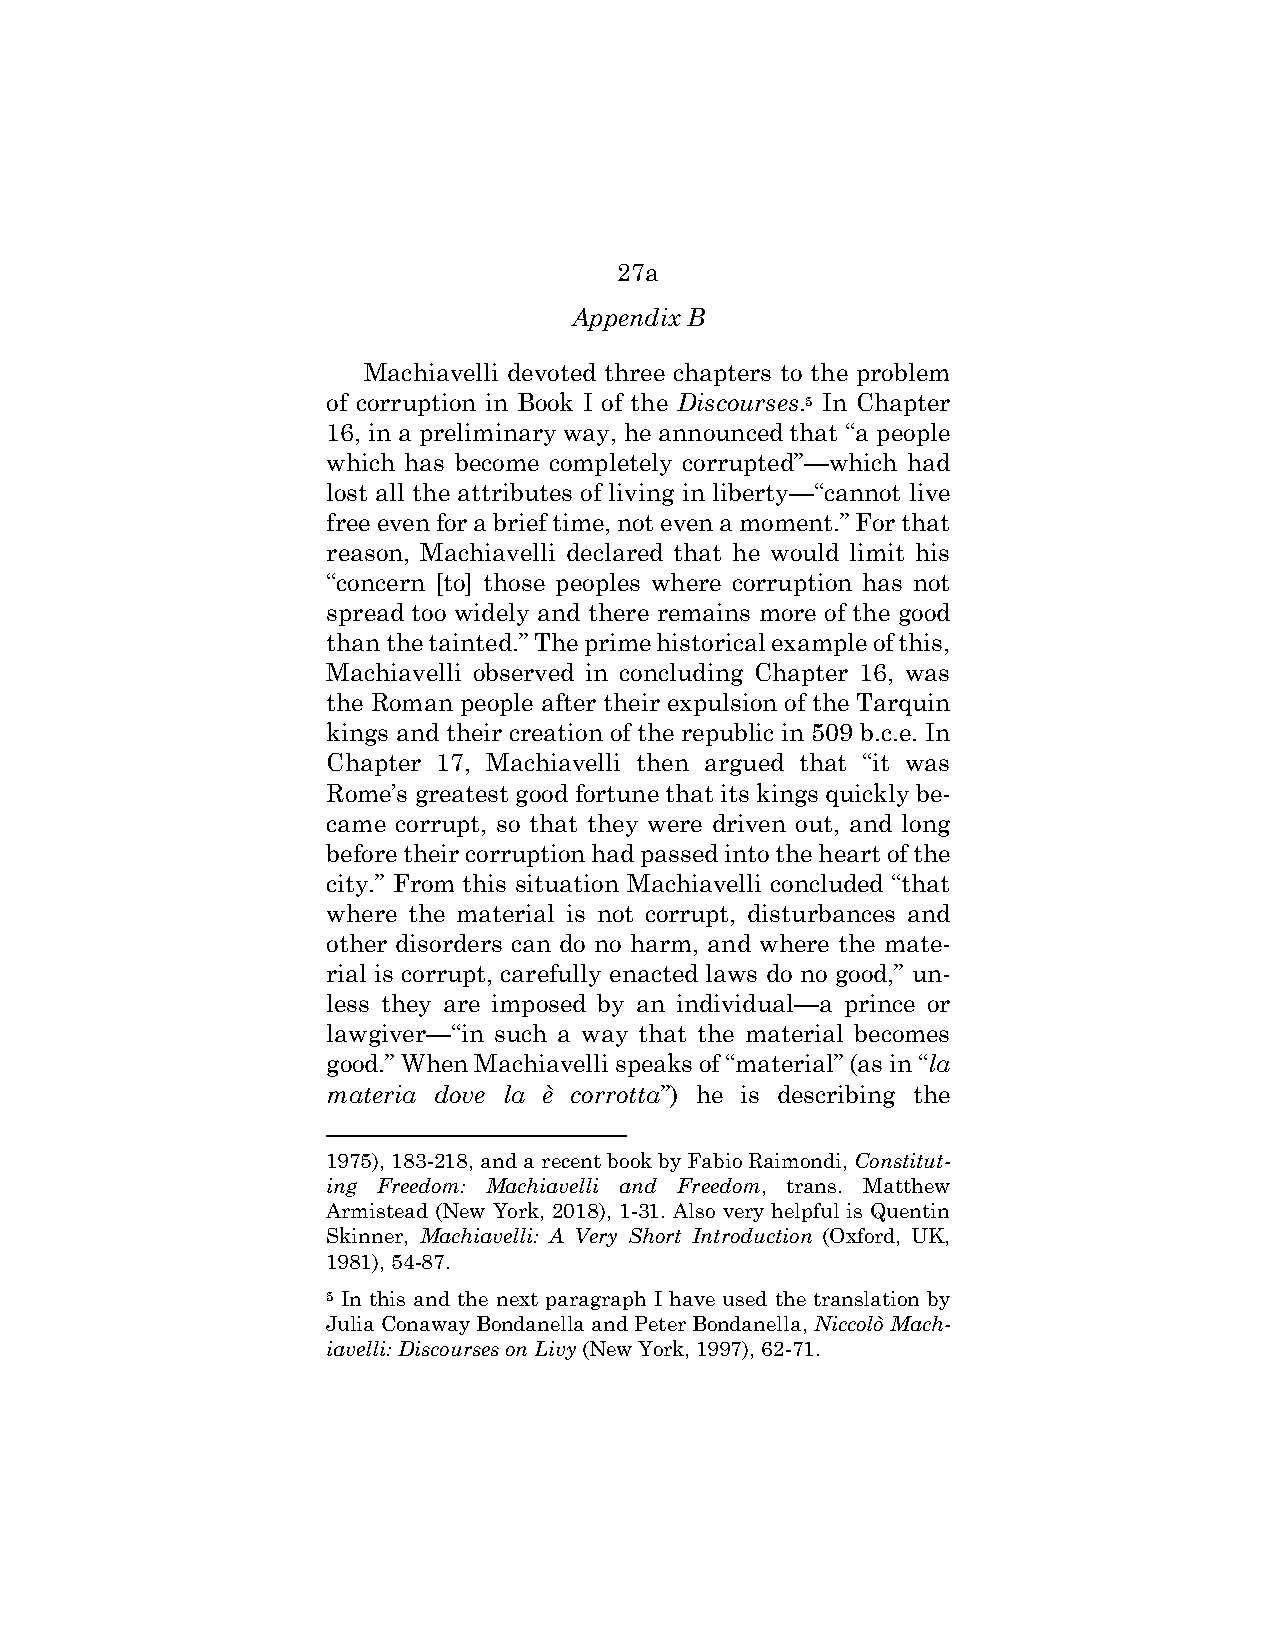
27a
 Appendix B
 Machiavelli devoted three chapters to the problem
 of corruption in Book I of the Discourses.5 In Chapter
 16, in a preliminary way, he announced that “a people
 which has become completely corrupted”—which had
 lost all the attributes of living in liberty—“cannot live
 free even for a brief time, not even a moment.” For that
 reason, Machiavelli declared that he would limit his
 “concern [to] those peoples where corruption has not
 spread too widely and there remains more of the good
 than the tainted.” The prime historical example of this,
 Machiavelli observed in concluding Chapter 16, was
 the Roman people after their expulsion of the Tarquin
 kings and their creation of the republic in 509 b.c.e. In
 Chapter 17, Machiavelli then argued that “it was
 Rome’s greatest good fortune that its kings quickly be-
 came corrupt, so that they were driven out, and long
 before their corruption had passed into the heart of the
 city.” From this situation Machiavelli concluded “that
 where the material is not corrupt, disturbances and
 other disorders can do no harm, and where the mate-
 rial is corrupt, carefully enacted laws do no good,” un-
 less they are imposed by an individual—a prince or
 lawgiver—“in such a way that the material becomes
 good.” When Machiavelli speaks of “material” (as in “la
 materia dove la è corrotta”) he is describing the
 1975), 183-218, and a recent book by Fabio Raimondi, Constitut-
 ing Freedom: Machiavelli and Freedom, trans. Matthew
 Armistead (New York, 2018), 1-31. Also very helpful is Quentin
 Skinner, Machiavelli: A Very Short Introduction (Oxford, UK,
 1981), 54-87.
 5 In this and the next paragraph I have used the translation by
 Julia Conaway Bondanella and Peter Bondanella, Niccolò Mach-
 iavelli: Discourses on Livy (New York, 1997), 62-71.